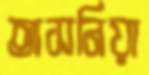
তাসনিয়া